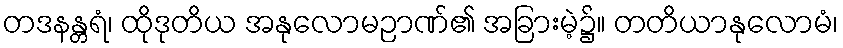
တဒနန္တရံ၊ ထိုဒုတိယ အနုလောမဉာဏ်၏ အခြားမဲ့၌။ တတိယာနုလောမံ၊